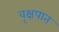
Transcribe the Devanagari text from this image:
वृक्षपात